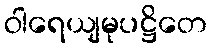
ဝါရေယျမုပဋ္ဌိတေ